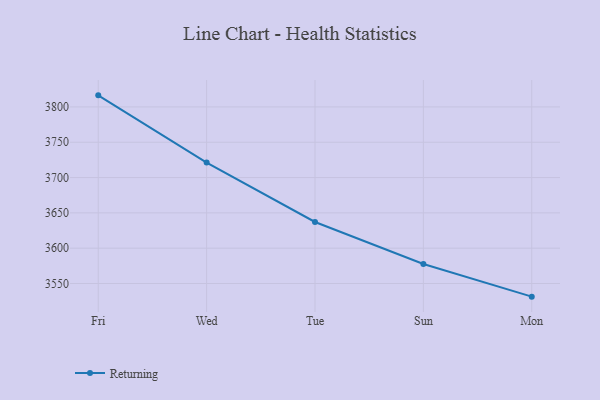
{"axis": {"x": "Day", "y": "Satisfaction Score"}, "legend": ["Returning"], "data": [{"x": "Fri", "y": 3816.4, "type": "Returning"}, {"x": "Wed", "y": 3721.2, "type": "Returning"}, {"x": "Tue", "y": 3637.1, "type": "Returning"}, {"x": "Sun", "y": 3577.6, "type": "Returning"}, {"x": "Mon", "y": 3531.4, "type": "Returning"}]}